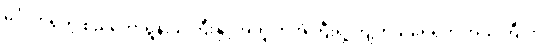
မင်္ဂလာရှိတဲ့ စည်တော်ရွန်းသံကြီးနှင့်အတူ ကိုအံ့ကြီးရဲ့ ကျက်သရေရှိတဲ့ အသံကြီးက